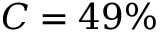
C = 4 9 \%